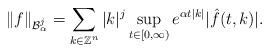
LaTeX: \begin{align*}\|f\|_{\mathcal{B}_{\alpha}^{j}}=\sum_{k\in\mathbb{Z}^{n}}|k|^{j}\sup_{t\in[0,\infty)}e^{\alpha t |k|}|\hat{f}(t,k)|.\end{align*}